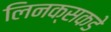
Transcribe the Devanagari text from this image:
लिनक्सकडे